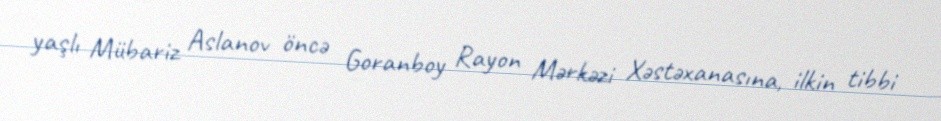
yaşlı Mübariz Aslanov öncə Goranboy Rayon Mərkəzi Xəstəxanasına, ilkin tibbi